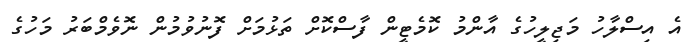
އެ އިސްލާހު މަޖިލީހުގެ އާންމު ކޮމެޓީން ފާސްކޮށް ތަޅުމަށް ފޮނުވުމުން ނޮވެމްބަރު މަހުގެ